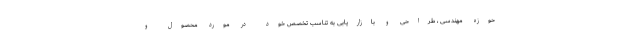
حوزه مهندسی ، طراحی و بازاریابی به تناسب تخصص خود در مورد محصول و